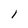
Character: 1